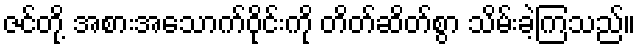
ဇင်တို့ အစားအသောက်ဝိုင်းကို တိတ်ဆိတ်စွာ သိမ်းခဲ့ကြသည်။